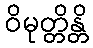
ဝိမုတ္တိန္တိ